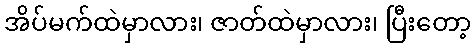
အိပ်မက်ထဲမှာလား၊ ဇာတ်ထဲမှာလား၊ ပြီးတော့